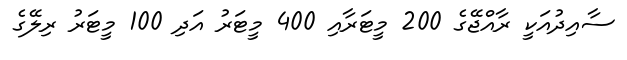
ސާއިދުއަކީ ރާއްޖޭގެ 200 މީޓަރާއި 400 މީޓަރު އަދި 100 މީޓަރު ރިލޭގެ